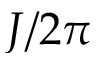
J / 2 \pi